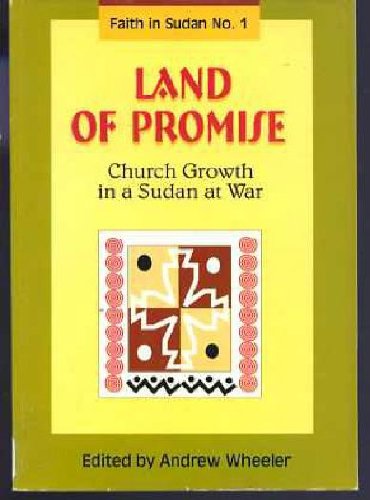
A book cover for Land of promise: Church growth in a Sudan at war (Faith in Sudan); Andrew C. Wheeler; History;